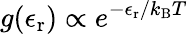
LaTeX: g(\epsilon_{\mathrm{r}})\propto e^{-\epsilon_{\mathrm{r}}/k_{\mathrm{B}}T}